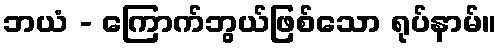
ဘယံ - ကြောက်ဘွယ်ဖြစ်သော ရုပ်နာမ်။